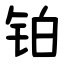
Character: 铂